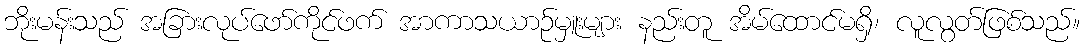
ဘိုးမန်းသည် အခြားလုပ်ဖော်ကိုင်ဖက် အာကာသယာဉ်မှူးများ နည်းတူ အိမ်ထောင်မရှိ၊ လူလွတ်ဖြစ်သည်။